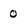
Character: 0